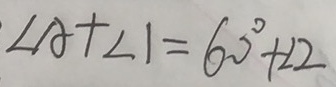
\angle A + \angle 1 = 6 0 ^ { \circ } + \angle 2